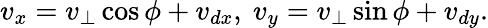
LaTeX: v_{x}=v_{\perp}\cos\phi+v_{dx},~v_{y}=v_{\perp}\sin\phi+v_{dy}.